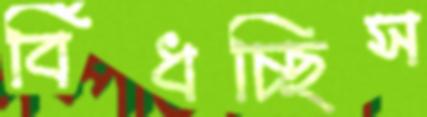
বিঁধচ্ছিস